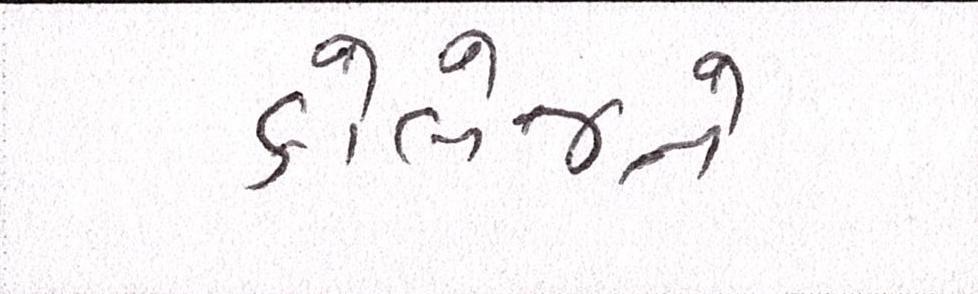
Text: કોલેજને